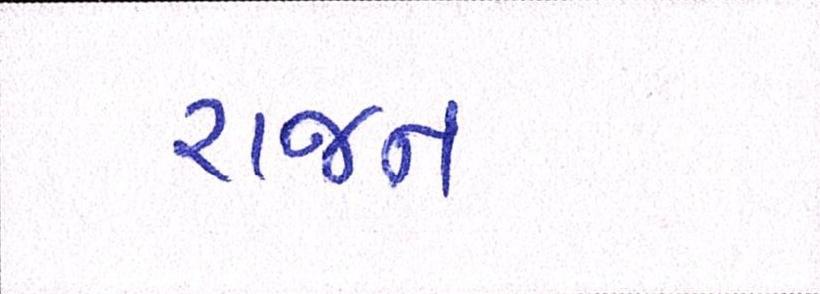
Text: રાજન